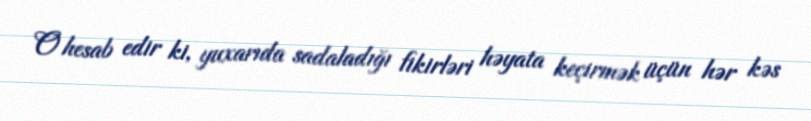
O hesab edir ki, yuxarıda sadaladığı fikirləri həyata keçirmək üçün hər kəs